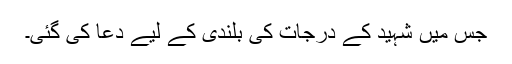
جس میں شہید کے درجات کی بلندی کے لیے دعا کی گئی۔